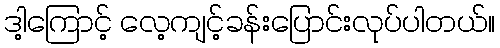
ဒါ့ကြောင့် လေ့ကျင့်ခန်းပြောင်းလုပ်ပါတယ်။